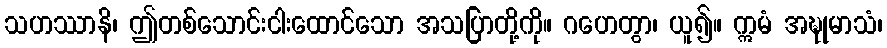
သဟဿာနိ၊ ဤတစ်သောင်းငါးထောင်သော အသပြာတို့ကို။ ဂဟေတွာ၊ ယူ၍။ ဣမံ အဍ္ဎုမာသံ၊